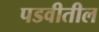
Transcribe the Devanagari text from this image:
पडवीतील